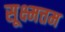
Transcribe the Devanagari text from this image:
सूक्ष्मत्तम